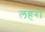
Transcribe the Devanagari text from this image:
लहरां